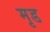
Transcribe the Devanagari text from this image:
मृड